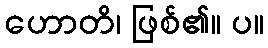
ဟောတိ၊ ဖြစ်၏။ ပ။